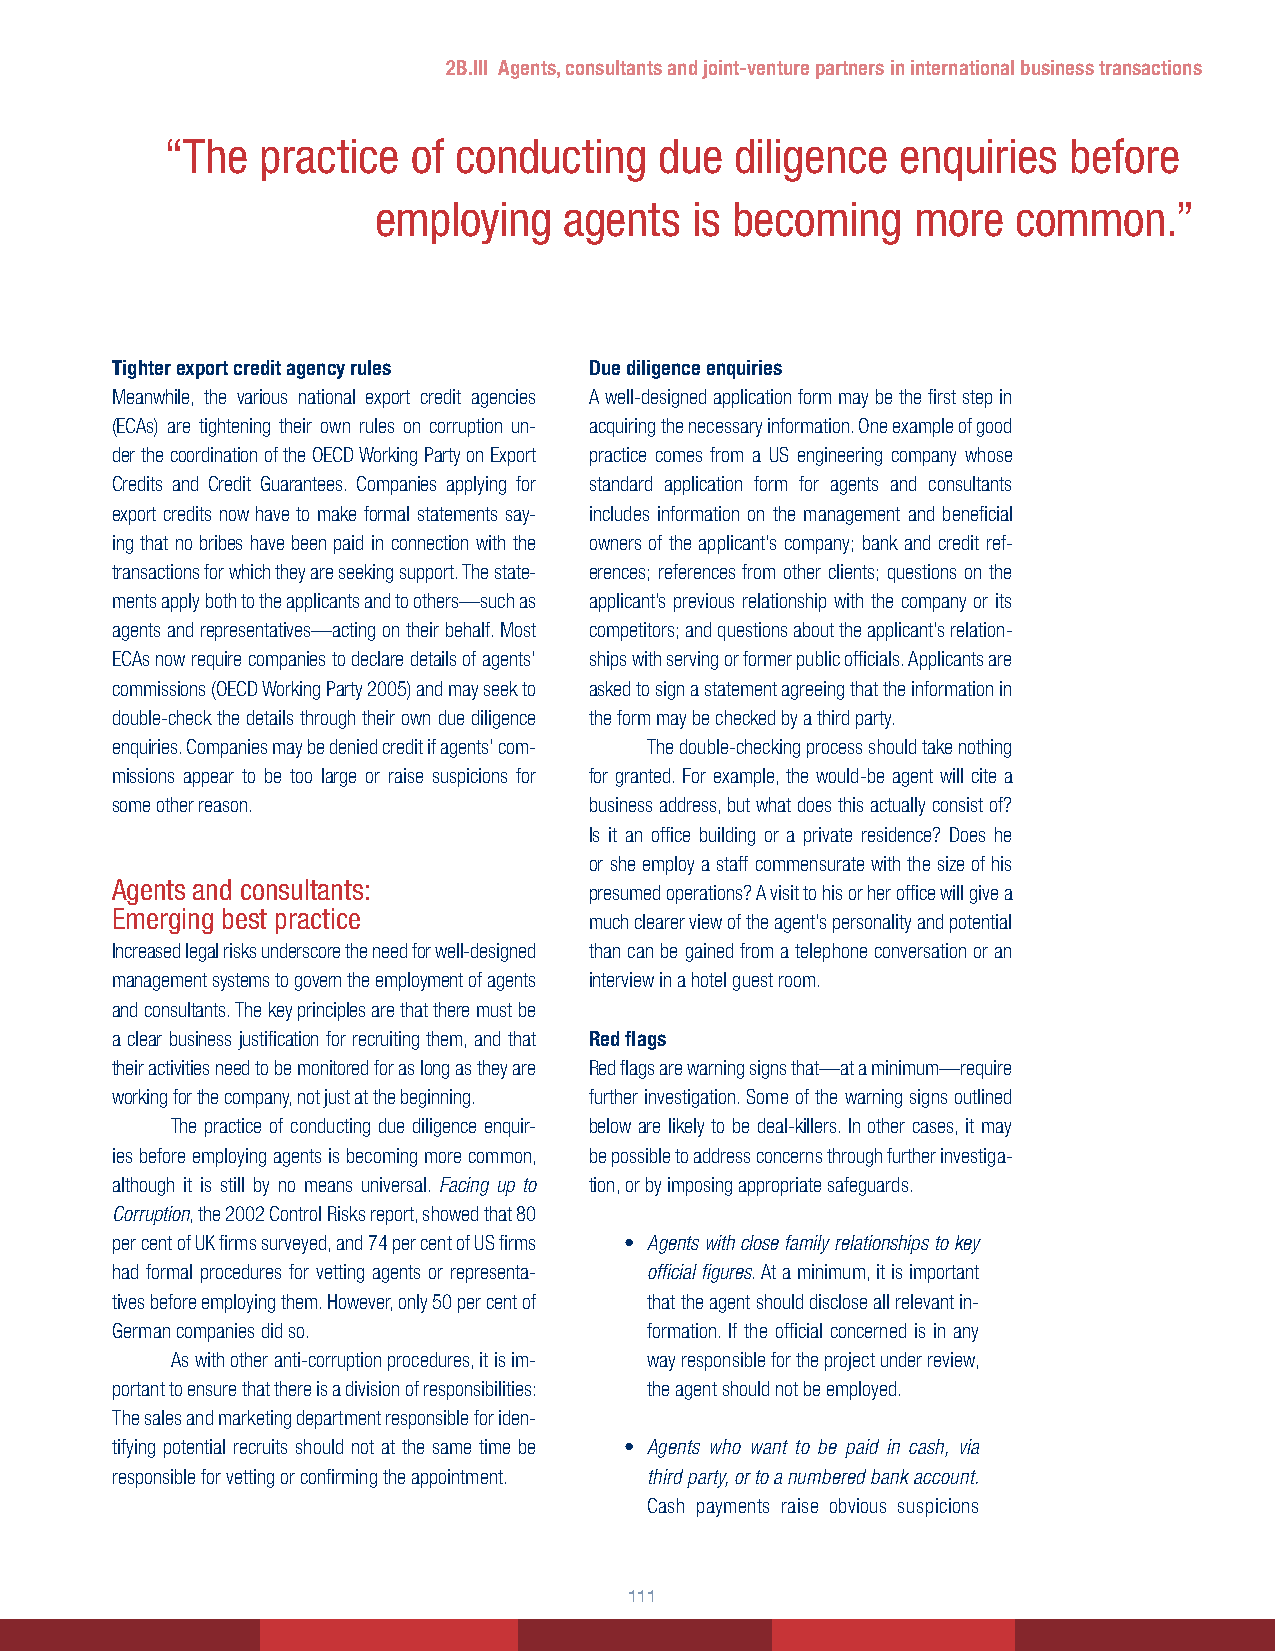
2B.III Agents, consultants and joint-venture partners in international business transactions
 “The  practice  of conducting    due  diligence  enquiries  before
 employing   agents   is becoming    more  common.”
 Tighter export credit agency rules Due diligence enquiries
 Meanwhile, the various national export credit agencies A well-designed application form may be the first step in
 (ECAs) are tightening their own rules on corruption un- acquiring the necessary information. One example of good
 der the coordination of the OECD Working Party on Export practice comes from a US engineering company whose
 Credits and Credit Guarantees. Companies applying for standard application form for agents and consultants
 export credits now have to make formal statements say- includes information on the management and beneficial
 ing that no bribes have been paid in connection with the owners of the applicant’s company; bank and credit ref-
 transactions for which they are seeking support. The state- erences; references from other clients; questions on the
 ments apply both to the applicants and to others—such as applicant’s previous relationship with the company or its
 agents and representatives—acting on their behalf. Most competitors; and questions about the applicant’s relation-
 ECAs now require companies to declare details of agents’ ships with serving or former public officials. Applicants are
 commissions (OECD Working Party 2005) and may seek to asked to sign a statement agreeing that the information in
 double-check the details through their own due diligence the form may be checked by a third party.
 enquiries. Companies may be denied credit if agents’ com- The double-checking process should take nothing
 missions appear to be too large or raise suspicions for for granted. For example, the would-be agent will cite a
 some other reason.              business address, but what does this actually consist of?
 Is it an office building or a private residence? Does he
 or she employ a staff commensurate with the size of his
 Agents and consultants:
 presumed operations? A visit to his or her office will give a
 Emerging best practice
 much clearer view of the agent’s personality and potential
 Increased legal risks underscore the need for well-designed than can be gained from a telephone conversation or an
 management systems to govern the employment of agents interview in a hotel guest room.
 and consultants. The key principles are that there must be
 a clear business justification for recruiting them, and that Red flags
 their activities need to be monitored for as long as they are Red flags are warning signs that—at a minimum—require
 working for the company, not just at the beginning. further investigation. Some of the warning signs outlined
 The practice of conducting due diligence enquir- below are likely to be deal-killers. In other cases, it may
 ies before employing agents is becoming more common, be possible to address concerns through further investiga-
 although it is still by no means universal. Facing up to tion, or by imposing appropriate safeguards.
 Corruption, the 2002 Control Risks report, showed that 80
 per cent of UK firms surveyed, and 74 per cent of US firms • Agents with close family relationships to key
 had formal procedures for vetting agents or representa- official figures. At a minimum, it is important
 tives before employing them. However, only 50 per cent of that the agent should disclose all relevant in-
 German companies did so.            formation. If the official concerned is in any
 As with other anti-corruption procedures, it is im- way responsible for the project under review,
 portant to ensure that there is a division of responsibilities: the agent should not be employed.
 The sales and marketing department responsible for iden-
 tifying potential recruits should not at the same time be • Agents who want to be paid in cash, via
 responsible for vetting or confirming the appointment. third party, or to a numbered bank account.
 Cash payments raise obvious suspicions
 111